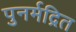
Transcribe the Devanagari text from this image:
पुनर्मद्रित